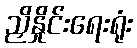
ညှိနှိုင်းရေးရုံး